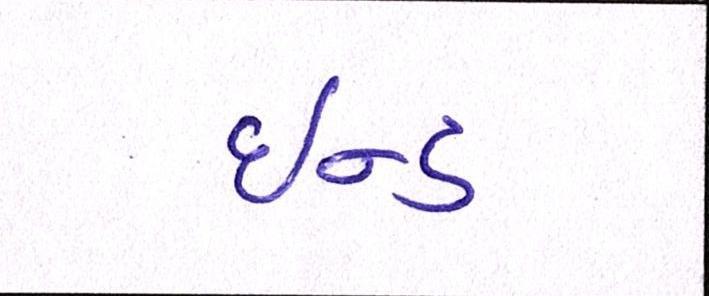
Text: ઇન્ડ